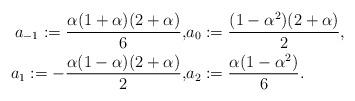
LaTeX: \begin{align*}a_{-1}:= \frac{\alpha(1+\alpha)(2+\alpha)}{6}, & a_0 := \frac{(1-\alpha^2)(2+\alpha)}{2},\\a_{1}:= -\frac{\alpha(1-\alpha)(2+\alpha)}{2}, & a_2 := \frac{\alpha(1-\alpha^2)}{6}.\end{align*}